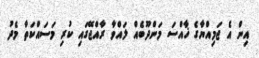
އިން އެ ޖަމިއްޔާގެ ޚާއްސަ މަންދޫބެއް ލައްވާ ރާއްޖޭގައި ކުރި މަސައްކަތާ މެދު